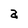
Character: a